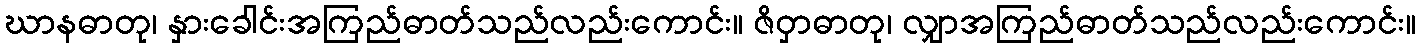
ဃာနဓာတု၊ နှားခေါင်းအကြည်ဓာတ်သည်လည်းကောင်း။ ဇိဝှာဓာတု၊ လျှာအကြည်ဓာတ်သည်လည်းကောင်း။